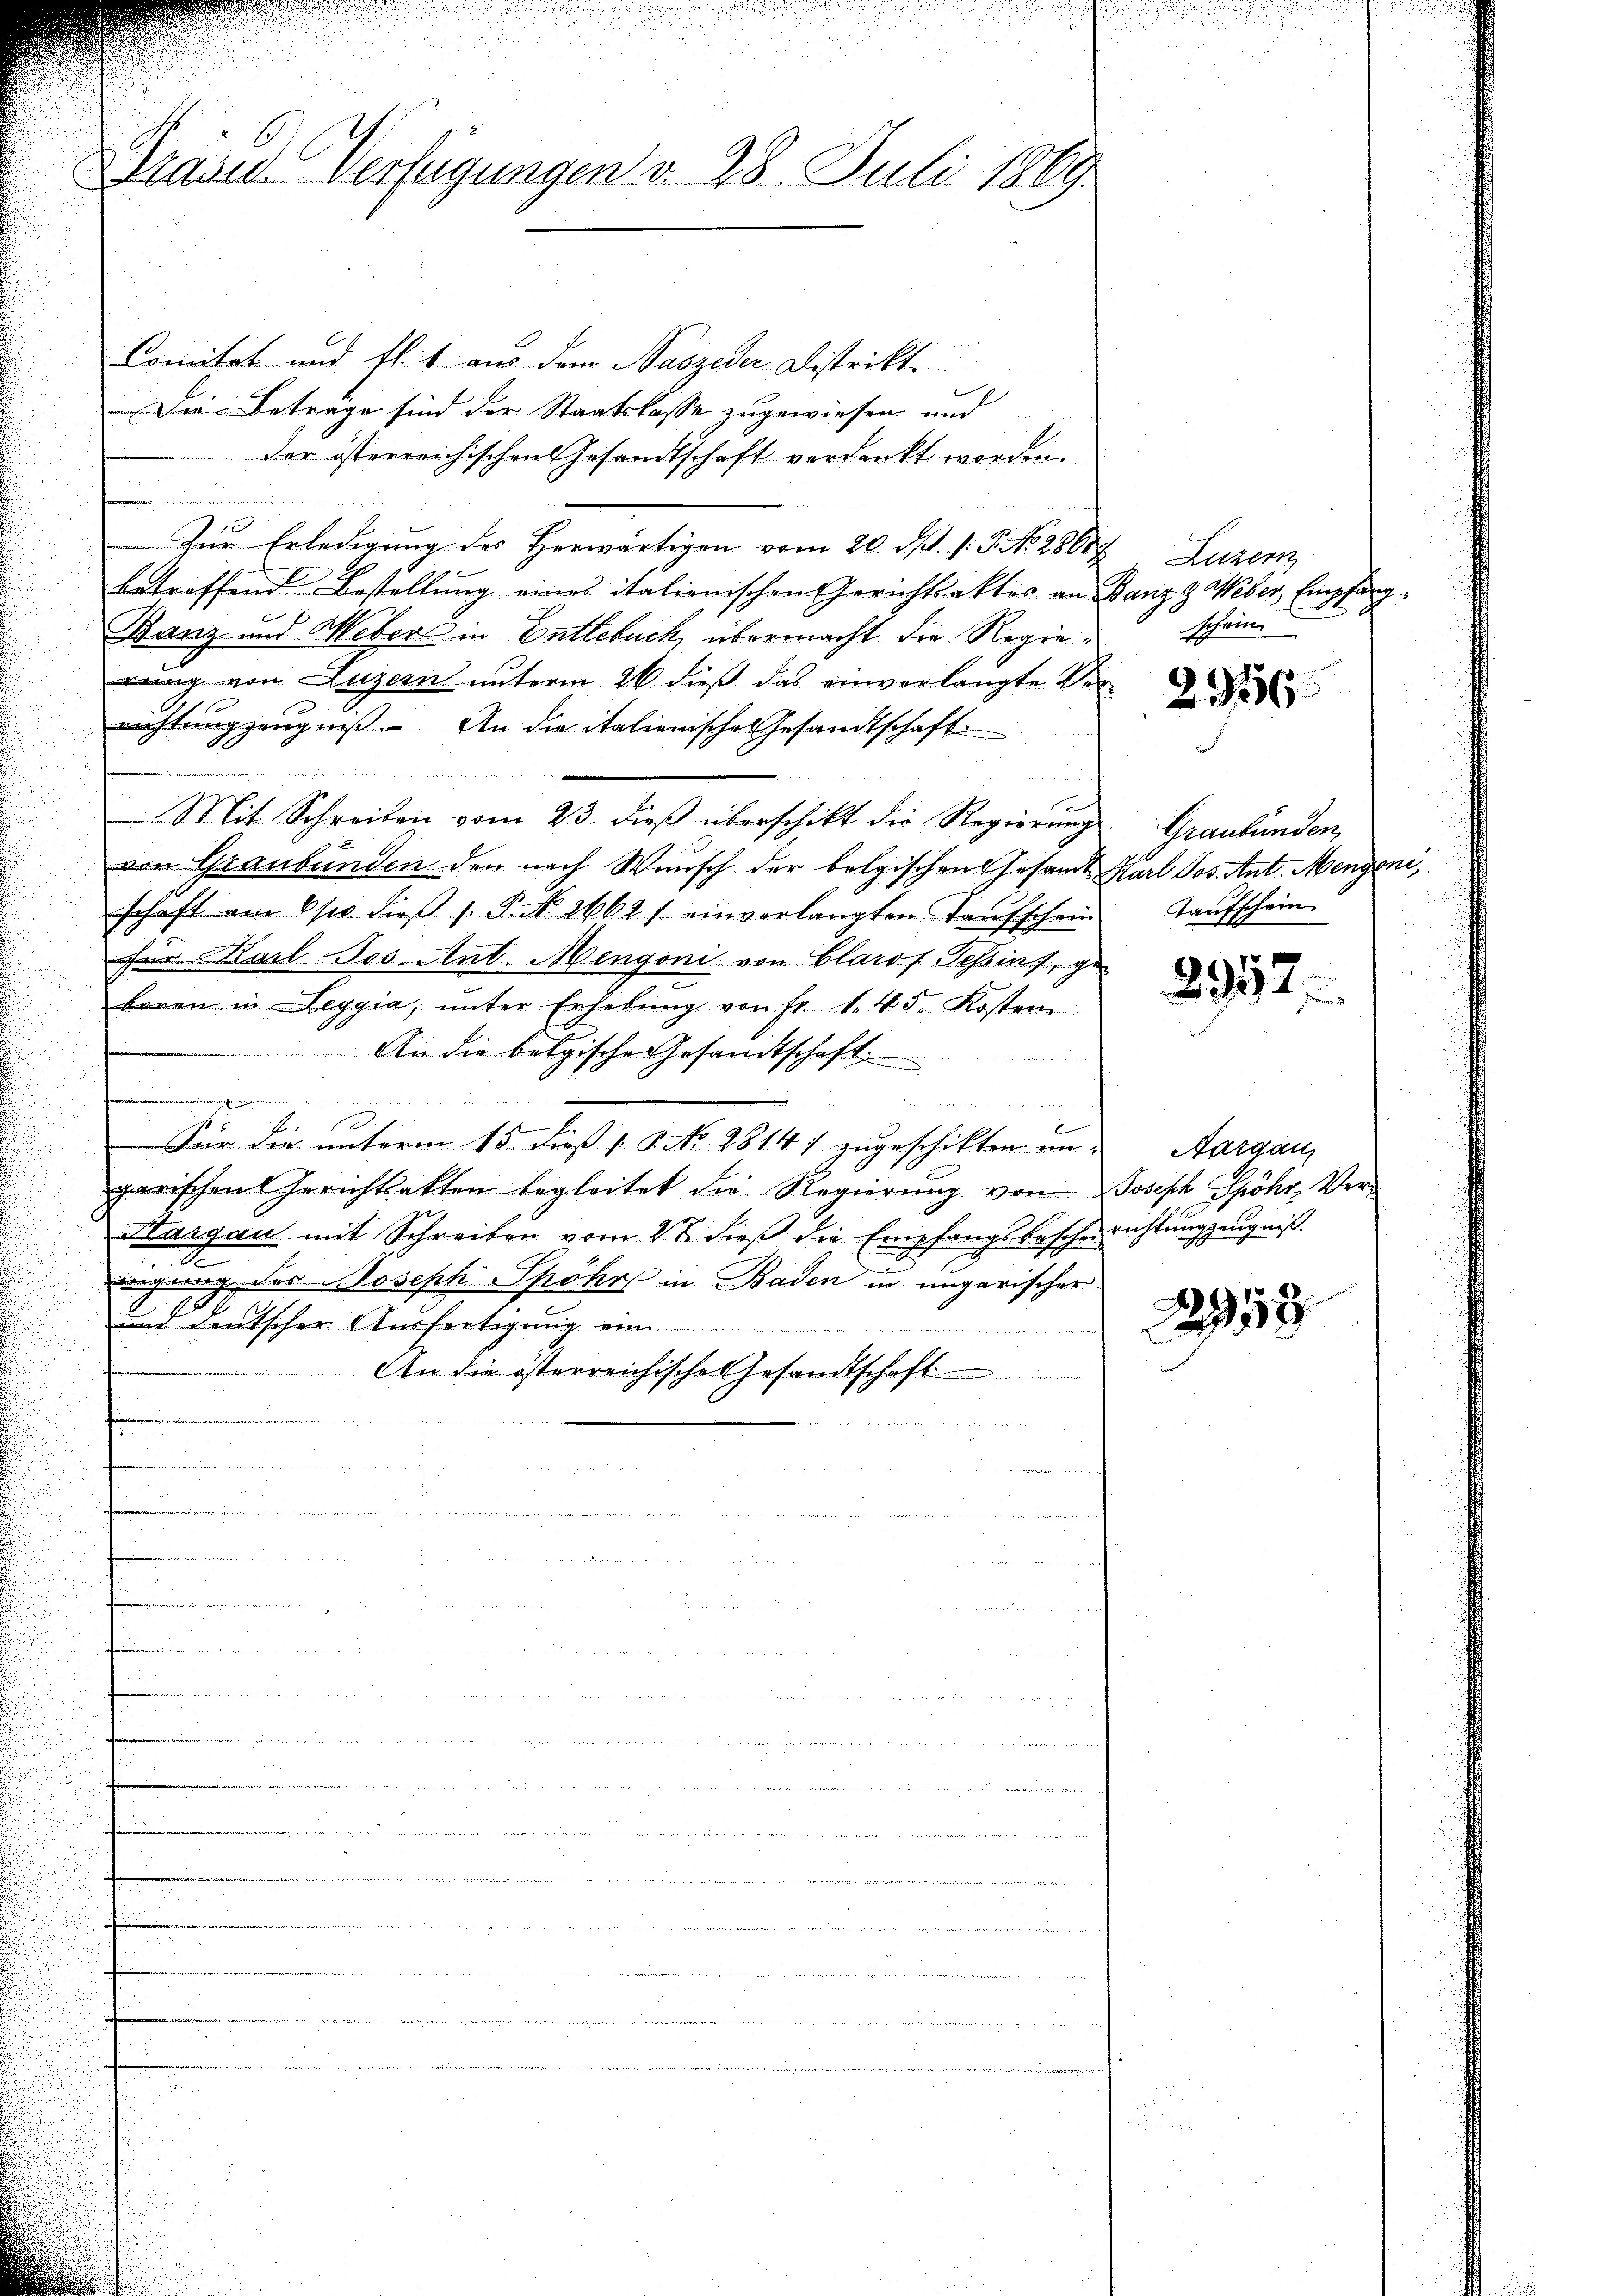
Grand Verfügungen d. 28. Juli 1869

Comität und fl. 1 aus dem Naszeder Distrikt.
Die Beträge sind der Staatskasse zugewiesen und
der österreichischen Gesandtschaft verdankt worden.

Zur Erledigung des Herwärtigen vom 20. d. 1. P. N. 28688, Luzern
betreffend Bestellung eines italienischen Gerichtsaktes an Banz g Weber Empfang¬
Banz und Weber in Entlebuch übermacht die Regierung von Luzern unterm 26. dieß das einverlangte Ver-
richtungzeugniß. An die italienisches Gesandtschaft
1
Mit Schreiben vom 23. dieß überschikt die Regierung
x
von Graubünden den nach Wunsch der belgischen Gesamt Karl Jos. Ant. Mengeni,
schaft am 6/10. dieβ (: P. Nr. 2662 / einverlangten Taŭfschein
für Karl Jos. Ant. Mengoni von Clarof Tessins, geboren in Leggia, ŭnter Erhebŭng von fr. 1. 45. Kosten
An die belgische Gesandtschaft

a

F
Für die unterm 15. dieß v. J. No. 2814. 1 zugeschikten ein-
garischen Gerichtsakten begleitet die Regierŭng von Joseph Spöhr Ver-
Hargau mit Schreiben vom 2t dieß die Empfangsbescherrichtŭng zeŭgniβ.
nigung des Joseph Spöhr in Baden in ungarischer
und deutscher Ausfertigung eine
An die österreichische Gesandtschaft
n
m
a
.

u

schein

23156

Graubünden
Taufschein

2952.

w

Aargau

918